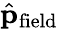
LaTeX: \hat{\mathbf p}_{\mathrm{field}}